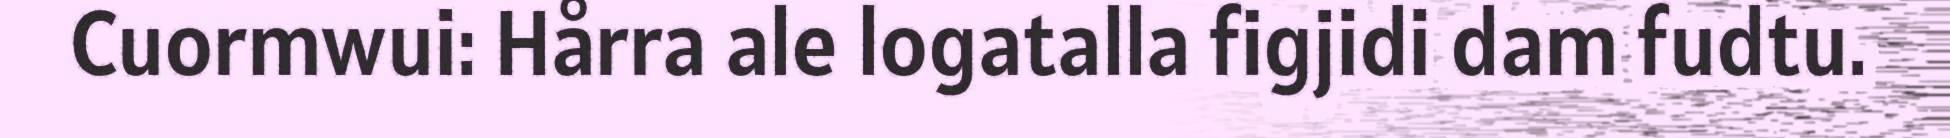
Cuormwui: Hårra ale logatalla figjidi dam fudtu.